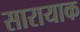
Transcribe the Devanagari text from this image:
सारायाक